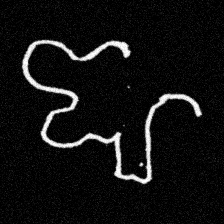
Pyu character \u2014 Myanmar letter: ဈ (romanized: jha)